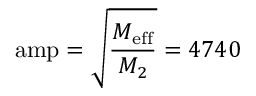
\mathrm { a m p } = \sqrt { \frac { M _ { \mathrm { e f f } } } { M _ { 2 } } } = 4 7 4 0